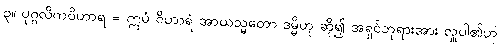
၃။ ပုဂ္ဂလိကဝိဟာရ = ဣမံ ဝိဟာရံ အာယသ္မတော ဒမ္မိဟု ဆို၍ အရှင်ဘုရားအား လှူပါ၏ဟု